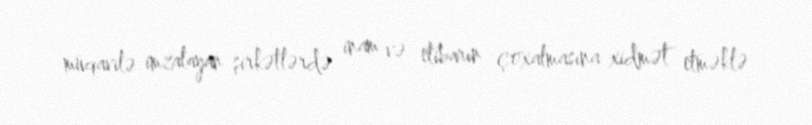
müqavilə imzalayan şirkətlərdə inam və etibarın çoxalmasına xidmət etməklə